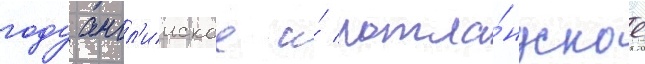
году англ'ииское и́ шотла́ндское